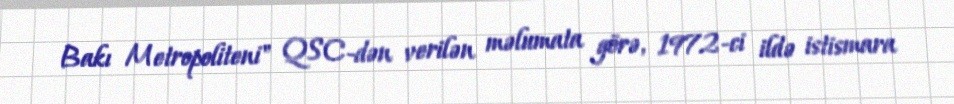
Bakı Metropoliteni" QSC-dən verilən məlumata görə, 1972-ci ildə istismara